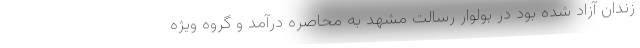
زندان آزاد شده بود در بولوار رسالت مشهد به محاصره درآمد و گروه ویژه